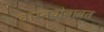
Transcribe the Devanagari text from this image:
वास्तवाबाबत